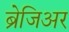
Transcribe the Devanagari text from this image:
ब्रेजिअर